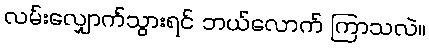
လမ်းလျှောက်သွားရင် ဘယ်လောက် ကြာသလဲ။